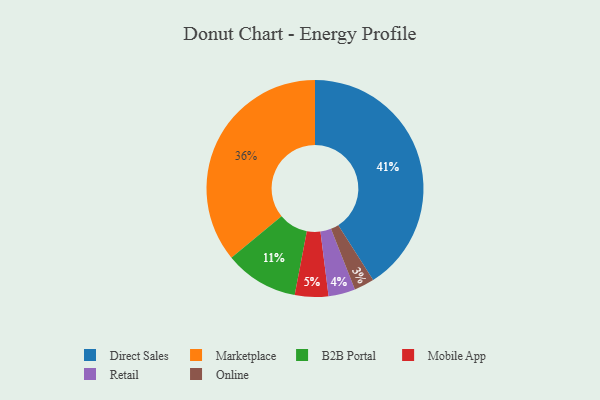
{"axis": {"x": "Category", "y": "Percentage"}, "legend": ["B2B Portal", "Direct Sales", "Marketplace", "Mobile App", "Online", "Retail"], "data": [{"x": "Retail", "y": 4, "type": "Retail"}, {"x": "Online", "y": 3, "type": "Online"}, {"x": "B2B Portal", "y": 11, "type": "B2B Portal"}, {"x": "Marketplace", "y": 36, "type": "Marketplace"}, {"x": "Mobile App", "y": 5, "type": "Mobile App"}, {"x": "Direct Sales", "y": 41, "type": "Direct Sales"}]}